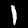
Digit: 1